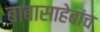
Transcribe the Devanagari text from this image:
बाबासाहेबांच